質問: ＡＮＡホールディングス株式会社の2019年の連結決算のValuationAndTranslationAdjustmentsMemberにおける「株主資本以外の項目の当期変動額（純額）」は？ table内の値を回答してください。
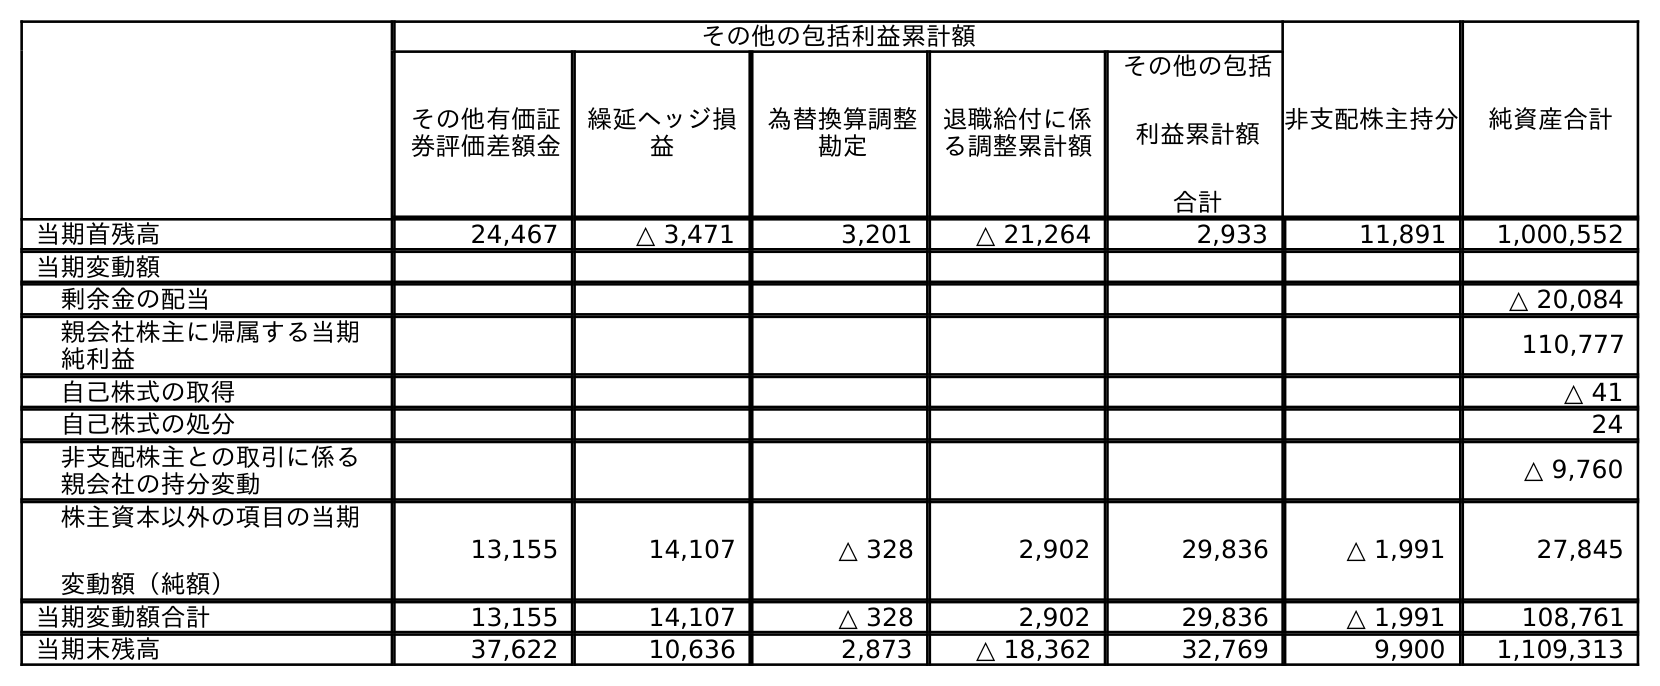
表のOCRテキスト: その他の包括利益累計額 非支配株主持分 純資産合計 その他有価証 券評価差額金 繰延ヘッジ損 益 為替換算調整 勘定 退職給付に係 る調整累計額 その他の包括 利益累計額 合計 当期首残高 24,467 △ 3,471 3,201 △ 21,264 2,933 11,891 1,000,552 当期変動額 剰余金の配当 △ 20,084 親会社株主に帰属する当期 純利益 110,777 自己株式の取得 △ 41 自己株式の処分 24 非支配株主との取引に係る 親会社の持分変動 △ 9,760 株主資本以外の項目の当期 変動額（純額） 13,155 14,107 △ 328 2,902 29,836 △ 1,991 27,845 当期変動額合計 13,155 14,107 △ 328 2,902 29,836 △ 1,991 108,761 当期末残高 37,622 10,636 2,873 △ 18,362 32,769 9,900 1,109,313
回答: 29,836